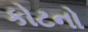
કોટનો